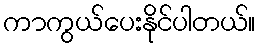
ကာကွယ်ပေးနိုင်ပါတယ်။